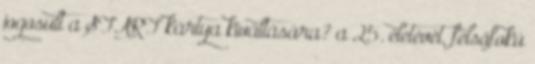
jogosult a START kártya kiváltására? a 25. életévét, felsőfokú